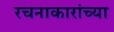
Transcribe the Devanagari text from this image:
रचनाकारांच्या